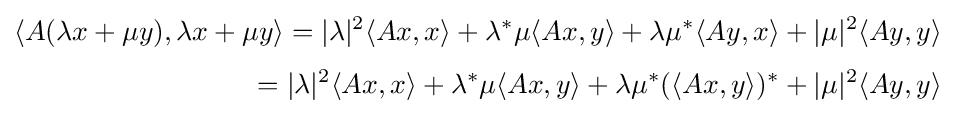
{\begin{aligned}\langle A(\lambda x+\mu y),\lambda x+\mu y\rangle =|\lambda |^{2}\langle Ax,x\rangle +\lambda ^{*}\mu \langle Ax,y\rangle +\lambda \mu ^{*}\langle Ay,x\rangle +|\mu |^{2}\langle Ay,y\rangle \\[1mm]=|\lambda |^{2}\langle Ax,x\rangle +\lambda ^{*}\mu \langle Ax,y\rangle +\lambda \mu ^{*}(\langle Ax,y\rangle )^{*}+|\mu |^{2}\langle Ay,y\rangle \end{aligned}}